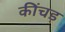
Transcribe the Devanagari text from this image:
कींचड़